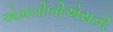
એમબીબીએસની